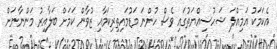
އެކަމަކު އަމިއްލަ ޝަހުސިއްޔަތުގައި ވެސް ހުންނަ މަޑުމައިތިރިކަމާއި ޒުވާން ކަމަށް ބަލާއިރު މަންނާނަށް